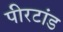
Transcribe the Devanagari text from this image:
पीरटांड